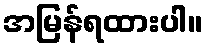
အမြန်ရထားပါ။